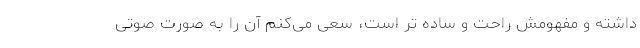
داشته و مفهومش راحت و ساده تر است، سعی می‌کنم آن را به صورت‌ صوتی